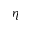
\eta